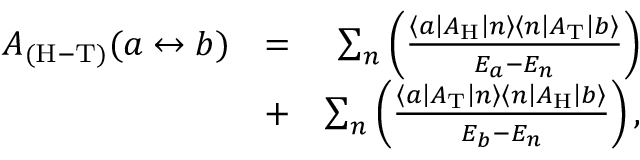
\begin{array} { r l r } { A _ { \mathrm { ( H - T ) } } ( a \leftrightarrow b ) } & { = } & { \sum _ { n } \left( \frac { \left\langle a \left| A _ { \mathrm { H } } \right| { n } \right\rangle \left\langle { n } \left| A _ { \mathrm { T } } \right| b \right\rangle } { E _ { a } - E _ { n } } \right) } \\ & { + } & { \sum _ { n } \left( \frac { \left\langle a \left| A _ { \mathrm { T } } \right| { n } \right\rangle \left\langle { n } \left| A _ { \mathrm { H } } \right| b \right\rangle } { E _ { b } - E _ { n } } \right) , } \end{array}